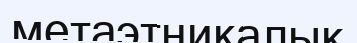
метаэтникалық